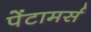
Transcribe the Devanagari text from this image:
पेंटामर्स